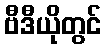
ဗီဒီယိုတွင်